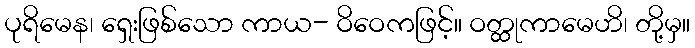
ပုရိမေန၊ ရှေးဖြစ်သော ကာယ- ဝိဝေကဖြင့်။ ဝတ္ထုကာမေဟိ၊ တို့မှ။